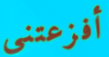
أفزعتني